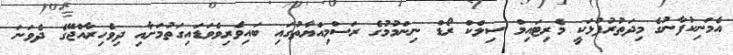
އެމަނިކުފާނުގެ މިދަތުރުފުޅަކީ މެރިޓައިމް ސިލްކް ރޯޑް ނިންމުމުގެ ރަސްމިއްޔާތުގައި ބައިވެރިވެވަޑައިގަތުމަށާއި ދިވެހިރާއްޖޭގެ ދެވަނަ